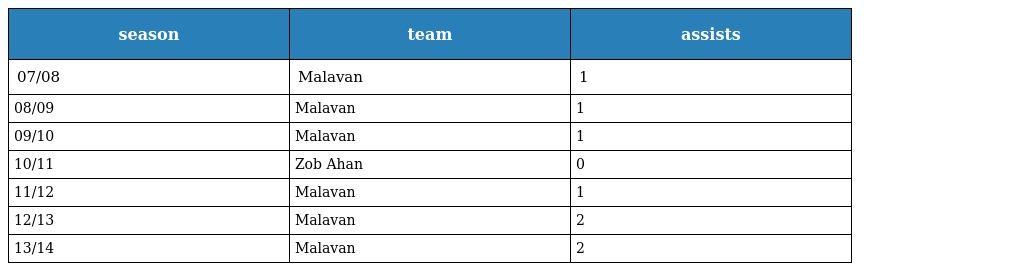
| season | team | assists |
 | --- | --- | --- |
 | 07/08 | Malavan | 1 |
 | 08/09 | Malavan | 1 |
 | 09/10 | Malavan | 1 |
 | 10/11 | Zob Ahan | 0 |
 | 11/12 | Malavan | 1 |
 | 12/13 | Malavan | 2 |
 | 13/14 | Malavan | 2 |